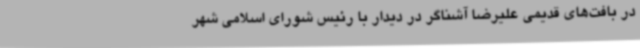
در بافت‌های قدیمی علیرضا آشناگر در دیدار با رئیس شورای اسلامی شهر